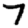
Digit: 7